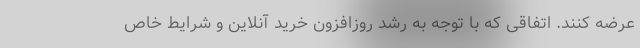
عرضه کنند. اتفاقی که با توجه به رشد روزافزون خرید آنلاین و شرایط خاص